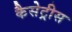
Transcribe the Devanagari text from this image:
कैसेट्रीस